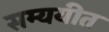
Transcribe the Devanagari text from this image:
सम्ययीत